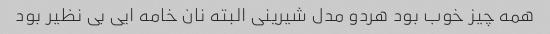
همه چیز خوب بود هردو مدل شیرینی البته نان خامه ایی بی نظیر بود